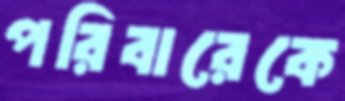
পরিবারেকে